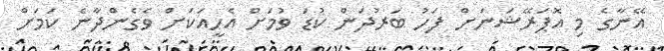
އޭނާގެ މި އޮޕަރޭޝަނަށް ފަހު ބަރުދަން ކުޑަ ވުމަށް އެހީއަކަށް ވެގެންދާނެ ކަމަށް